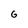
Character: G